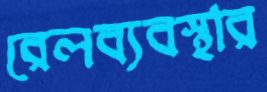
রেলব্যবস্থার